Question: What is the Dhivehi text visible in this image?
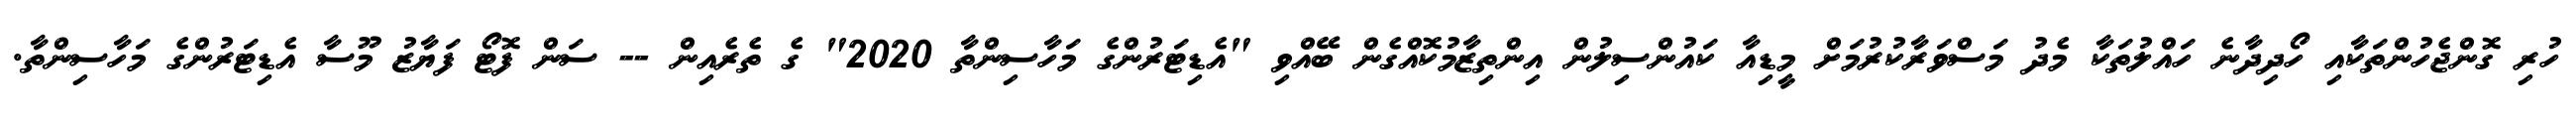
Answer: ހުރި ގޮންޖެހުންތަކާއި ހޯދިދާނެ ހައްލުތަކާ މެދު މަސްވަރާކުރުމަށް މީޑިއާ ކައުންސިލުން އިންތިޒާމުކޮއްގެން ބޭއްވި "އެޑިޓަރުންގެ މަހާސިންތާ 2020" ގެ ތެރެއިން -- ސަން ފޮޓޯ ފަޔާޒު މޫސާ އެޑިޓަރުންގެ މަހާސިންތާ.